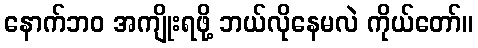
နောက်ဘဝ အကျိုးရဖို့ ဘယ်လိုနေမလဲ ကိုယ်တော်။